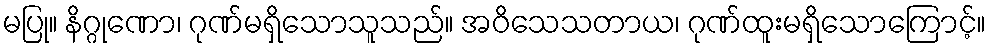
မပြု။ နိဂ္ဂုဏော၊ ဂုဏ်မရှိသောသူသည်။ အဝိသေသတာယ၊ ဂုဏ်ထူးမရှိသောကြောင့်။